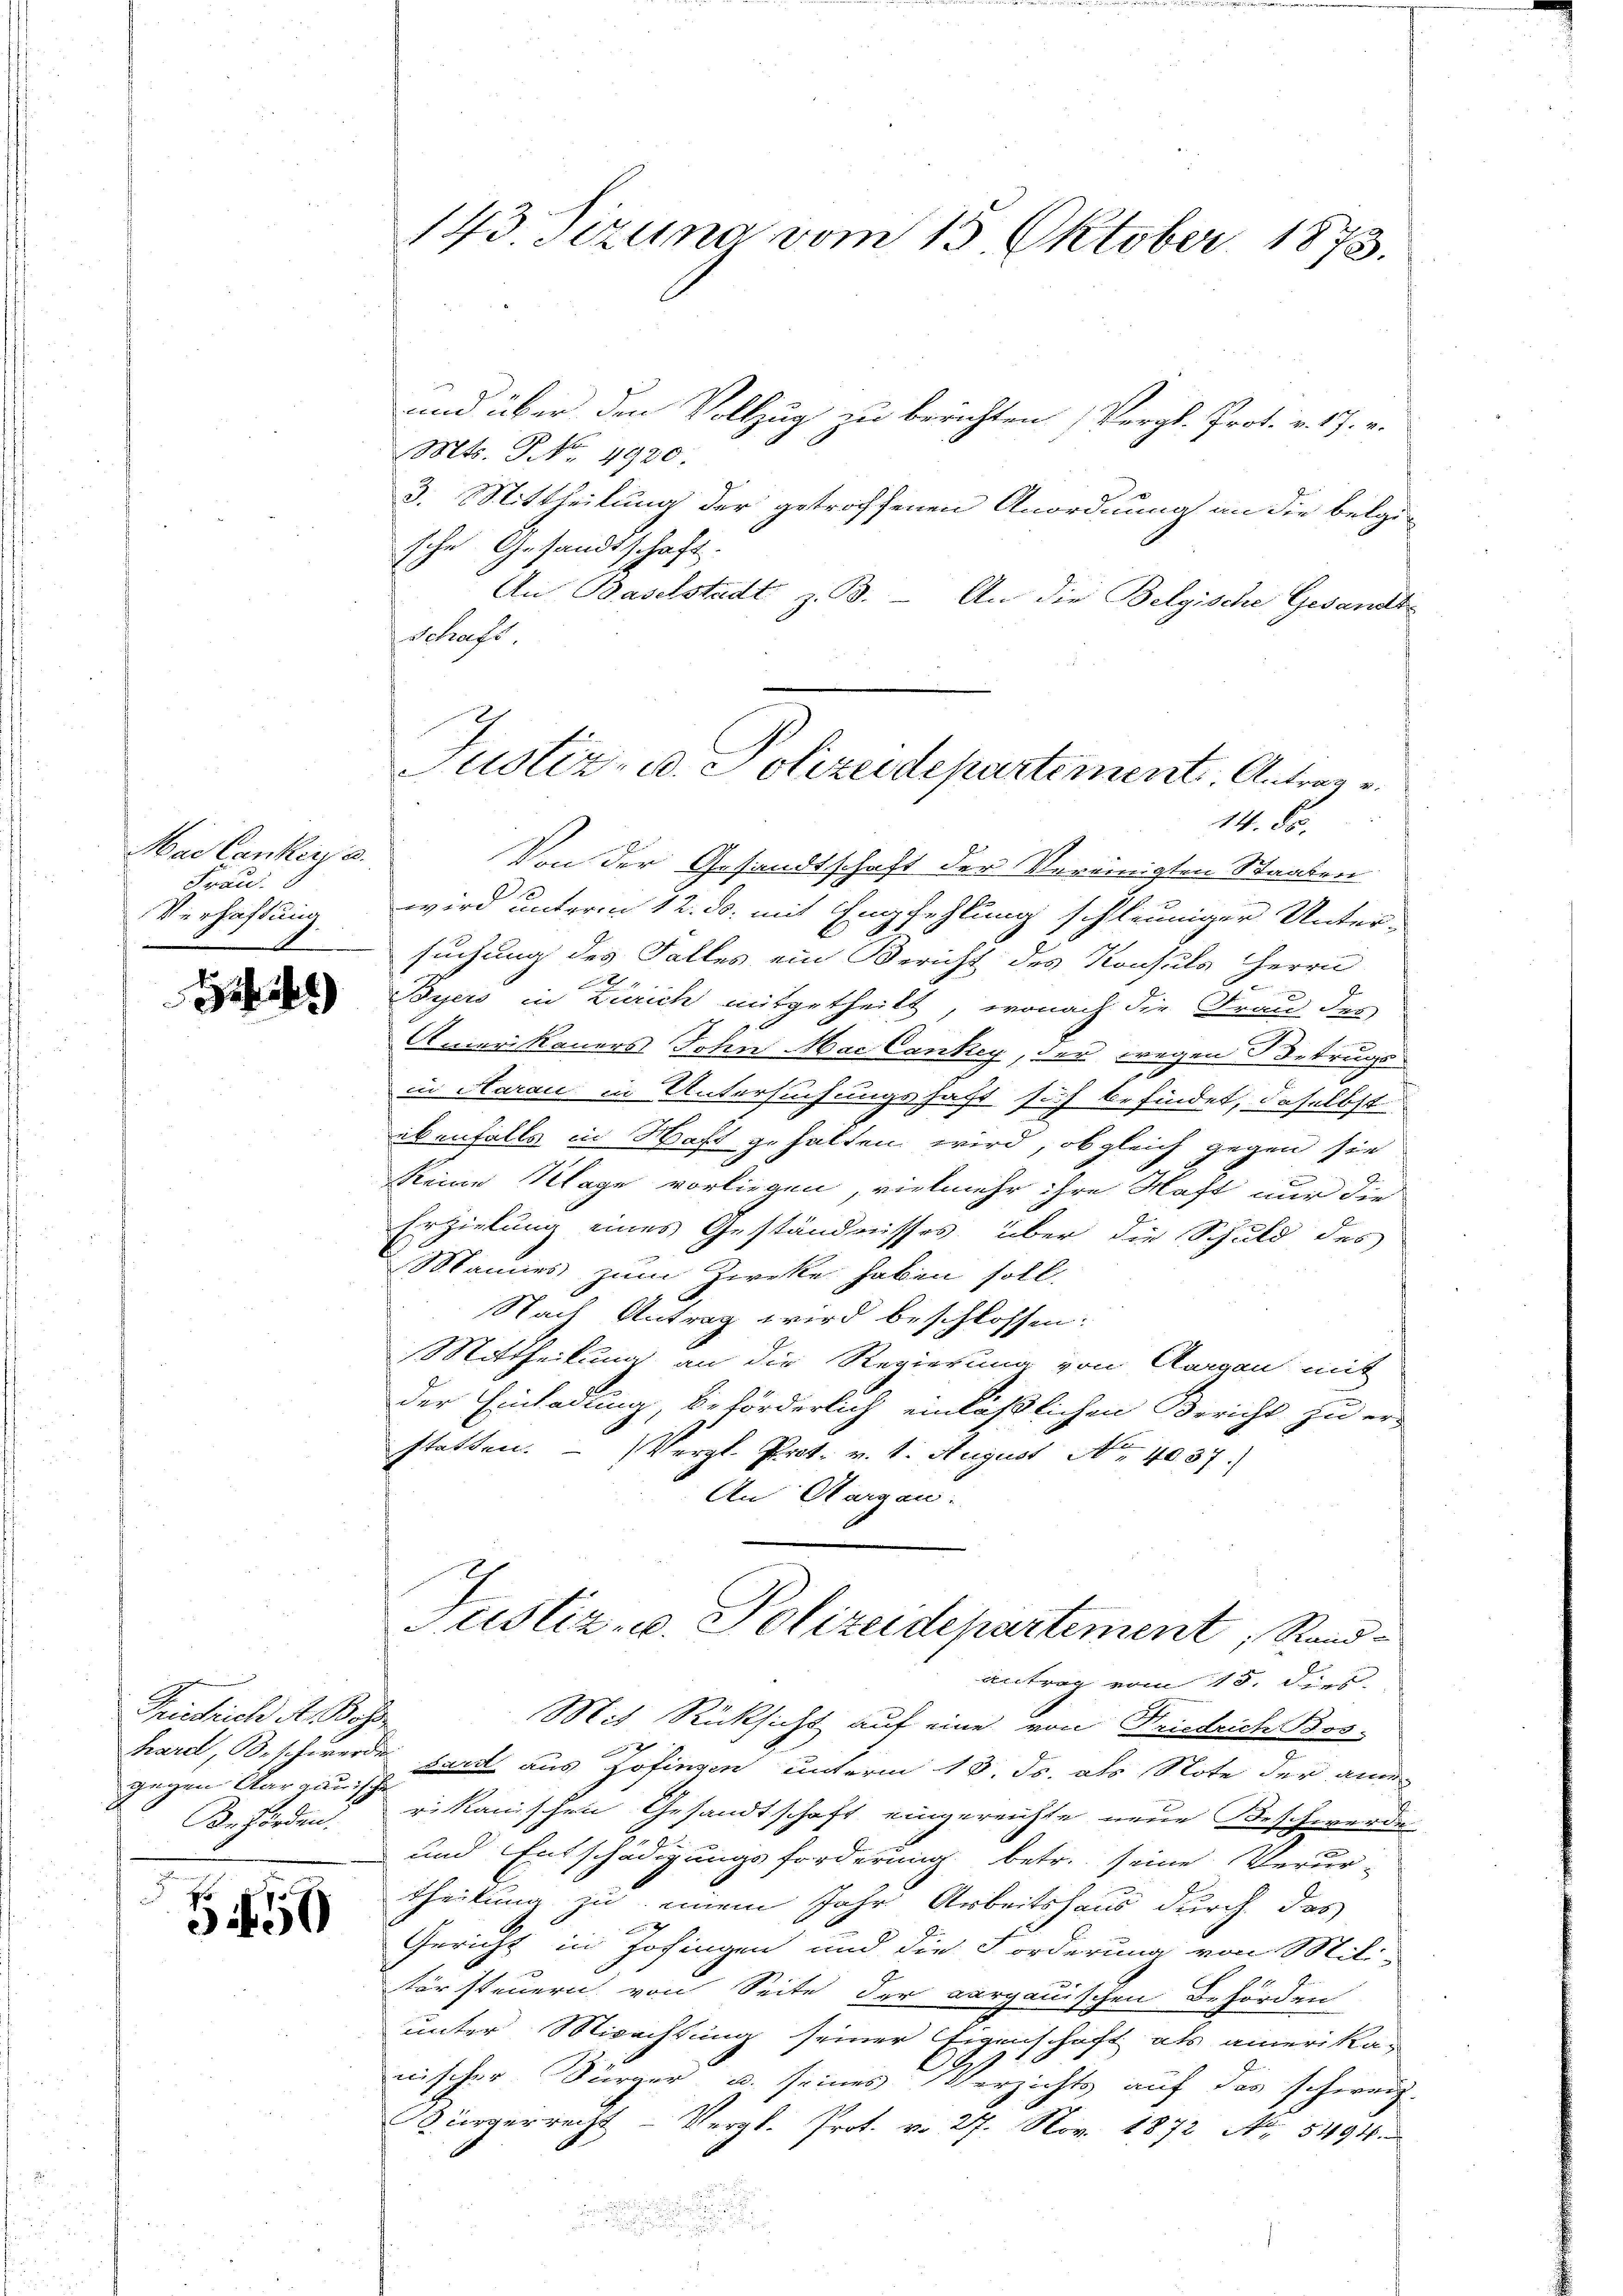
Mae Cankers.
Frau.
Verhaftung
I

)

Triestrich A. Boss
gegen Aargauische
Behörden.

5450

143. Sizung vom 15. Oktober 1873.

und über den Vollzug zu berichten Vergl. Prot. v. 17. v.
Mts. No. 4920.
3. Mittheilung der getroffenen Anordnung an die belgi-
sche Gesandtschaft.
An Baselstadt z. B. - An die Belgische Gesandt-
Schaft
14. 85.
Von der Gesandtschaft der Vereinigten Staaten
A
wird unterm 12. ds. mit Empfehlung schleuniger Unter-
suchung des Falles ein Bericht des Konsuls Herrn
F
a
Byers in Zürich mitgetheilt, wonach die Frau des
Amerikaners John Mac Cankey, der wegen Betrugs-
in Aarau in Untersuchungshaft sich befindet, daselbst
ebenfalls in Haft gehalten wird, obgleich gegen sie
Reine Klage vorliegen, vielmehr ihre Haft nur die
Erzielung eines Geständnisses über die Schuld des
Mannes zum Zwecke haben soll,
Nach Antrag wird beschlossen:
Mittheilung an die Regierung von Aargau mit
der Einladung, beförderlich einläßlichen Bericht zu er-
statten. (Vergl. Prot. v. 1. August No. 4037.
An Margau.
Justiz- u. Polizeidepartement, Rand
Antrag vom 15. de
Mit Rücksicht auf eine von Friedrich Bos
hardt, Beschwerde fare aus Zofingen unterm 13. ds. als Note der ame
rikanischen Gesandtschaft eingereichte neue Beschwerde
und Entschädigungsforderung betr. seine Verurtheilung zu einem Jahr Arbeitshaus durch das
Gericht in Zofingen und die Forderung von Mili-
türsteuern von Seite der aargauischen Behörden
unter Misachtung seiner Eigenschaft als einerika-
nischer Bürger u. seines Verzichts auf das schweiz.
Bürgerrecht - Vergl. Prot. v. 27. Nov. 1872 Art. 5494.

Justiz- u. Polizeidepartement. Antrage